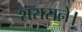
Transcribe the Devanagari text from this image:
शरासने।